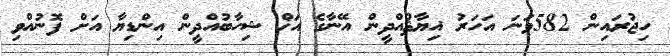
ހިޖުރައިން 582ވަނަ އަހަރު ޣިޔާޘުއްދީން އޭނާގެ އަޚް ޝިހާބުއްދީން އިންޑިޔާ އަށް ފޮނުއްވި